Lunatic asylums Central Provinces reports 1886-1894 - 1886-1894
Year: 1886
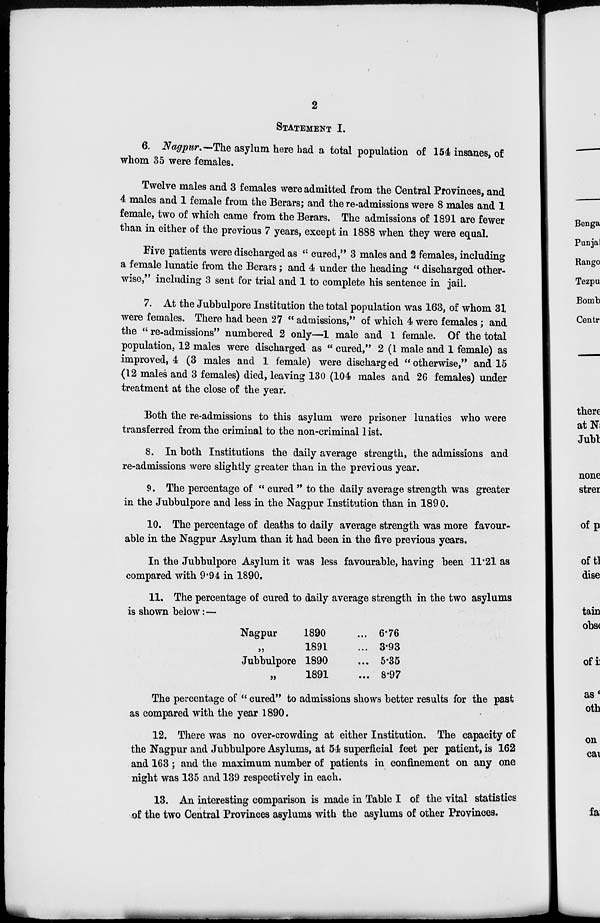
2
STATEMENT I.
6. Nagpur.—The asylum here had a total population of 154 insanes, of
whom 35 were females.
Twelve males and 3 females were admitted from the Central Provinces, and
4 males and 1 female from the Berars; and the re-admissions were 8 males and 1
female, two of which came from the Berars. The admissions of 1891 are fewer
than in either of the previous 7 years, except in 1888 when they were equal.
Five patients were discharged as "cured," 3 males and 2 females, including
a female lunatic from the Berars; and 4 under the heading "discharged other-
wise," including 3 sent for trial and 1 to complete his sentence in jail.
7. At the Jubbulpore Institution the total population was 163, of whom 31
were females. There had been 27 "admissions," of which 4 were females; and
the "re-admissions" numbered 2 only—1 male and 1 female. Of the total
population, 12 males were discharged as "cured," 2(1 male and 1 female) as
improved, 4 (3 males and 1 female) were discharged "otherwise," and 15
(12 males and 3 females) died, leaving 130 (104 males and 26 females) under
treatment at the close of the year.
Both the re-admissions to this asylum were prisoner lunatics who were
transferred from the criminal to the non-criminal list.
8. In both Institutions the daily average strength, the admissions and
re-admissions were slightly greater than in the previous year.
9. The percentage of "cured "to the daily average strength was greater
in the Jubbulpore and less in the Nagpur Institution than in 1890.
10. The percentage of deaths to daily average strength was more favour-
able in the Nagpur Asylum than it had been in the five previous years.
In the Jubbulpore Asylum it was less favourable, having been 11.21 as
compared with 9.94 in 1890.
11. The percentage of cured to daily average strength in the two asylums
is shown below:—
Nagpur
1890 ...
„
1891 ...
Jubbulpore 1890 ...
„
1891
...
6.76
3.3
5.35
8.97
The percentage of " cured" to admissions shows better results for the past
as compared with the year 1890.
12. There was no over-crowding at either Institution. The capacity of
the Nagpur and Jubbulpore Asylums, at 54 superficial feet per patient, is 162
and 163; and the maximum number of patients in confinement on any one
night was 135 and 139 respectively in each.
13. An interesting comparison is made in Table I of the vital statistics
of the two Central Provinces asylums with the asylums of other Provinces.